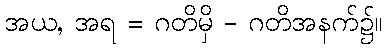
အယ, အရ = ဂတိမှိ - ဂတိအနက်၌။